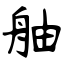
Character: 舳